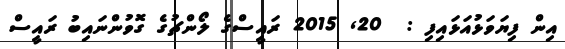
އިން ފިޔަވަޅުއަޅައިފި :  20